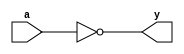
`timescale 1ns/10ps
module INVX2 (y, a);
	input a;
	output y;
	assign y = ~a;
endmodule

module NAND2X1 (y, a, b);
	input a, b;
	output y;
	assign y = ~(a & b);
endmodule

module NOR2X1 (y, a, b);
	input a, b;
	output y;
	assign y = ~(a | b);
endmodule

module AOI21X1 (y, a, b, c);
	input a, b, c;
	output y;
	wire q1, q2;
	assign q1 = b & c;
	assign q2 = q1 | a;
	assign y = ~q2;
endmodule

module OAI21X1 (y, a, b, c);
	input a, b, c;
	output y;
	wire q1, q2;
	assign q1 = b | c;
	assign q2 = q1 & a;
	assign y = ~q2;
endmodule